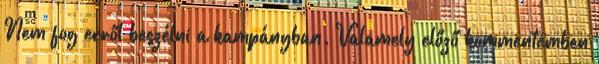
Nem fog erről beszélni a kampányban. Valamely előző kommentemben